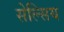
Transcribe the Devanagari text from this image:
सेल्सिय